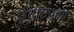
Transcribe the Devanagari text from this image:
प्रशंसाकी